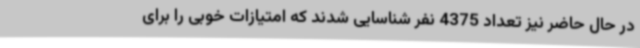
در حال حاضر نیز تعداد 4375 نفر شناسایی شدند که امتیازات خوبی را برای